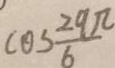
\cos \frac { 2 9 \pi } { 6 }